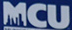
MCU